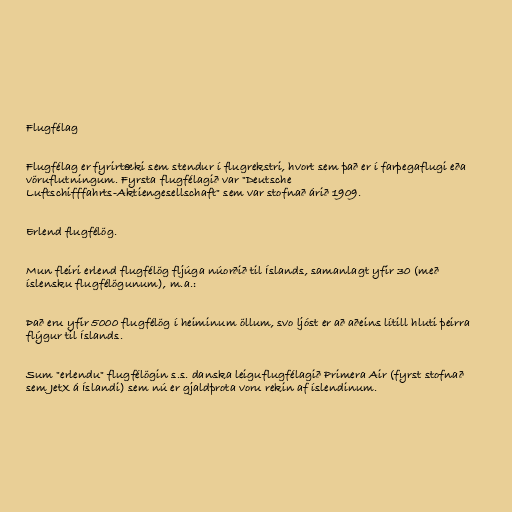
Flugfélag

Flugfélag er fyrirtæki sem stendur í flugrekstri, hvort sem það er í farþegaflugi eða
vöruflutningum. Fyrsta flugfélagið var "Deutsche
Luftschifffahrts-Aktiengesellschaft" sem var stofnað árið 1909.

Erlend flugfélög.

Mun fleiri erlend flugfélög fljúga núorðið til Íslands, samanlagt yfir 30 (með
íslensku flugfélögunum), m.a.:

Það eru yfir 5000 flugfélög í heiminum öllum, svo ljóst er að aðeins lítill hluti þeirra
flýgur til Íslands.

Sum "erlendu" flugfélögin s.s. danska leiguflugfélagið Primera Air (fyrst stofnað
sem JetX á Íslandi) sem nú er gjaldþrota voru rekin af íslendinum.